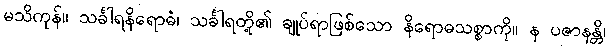
မသိကုန်။ သင်္ခါရနိရောဓံ၊ သင်္ခါရတို့၏ ချုပ်ရာဖြစ်သော နိရောဓသစ္စာကို။ န ပဇာနန္တိ၊